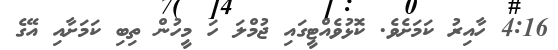
4:16 ހާއިރު ކަމަށެވެ. ކޮޅުވެއްޓީގައި ޖުމްލަ ހަ މީހުން ތިބި ކަމަށާއި އޭގެ